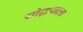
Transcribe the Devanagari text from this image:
योद्धयाला